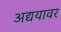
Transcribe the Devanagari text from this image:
अद्ययावर